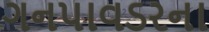
ગનપાવડરના